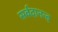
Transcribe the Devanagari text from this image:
सर्वदानन्द